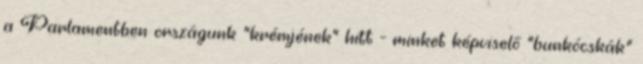
a Parlamentben országunk "krémjének" hitt - minket képviselő "bunkócskák"